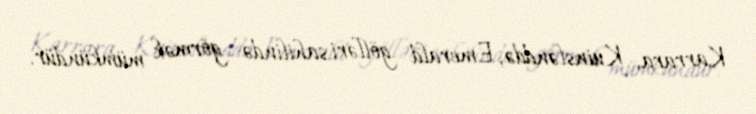
Karrara, Kuinslənddə, Emerald gölləri sahilində görmək mümkündür.